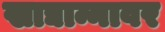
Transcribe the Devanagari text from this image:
खाद्यान्नावर